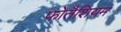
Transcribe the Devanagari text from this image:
फोतैशियम